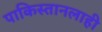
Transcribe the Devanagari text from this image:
पाकिस्तानलाही